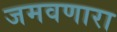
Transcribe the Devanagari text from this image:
जमवणारा